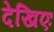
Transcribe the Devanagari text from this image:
देखिएः